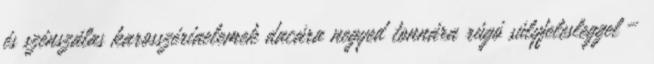
és szénszálas karosszériaelemek dacára negyed tonnára rúgó súlyfelesleggel –